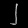
Digit: ၂